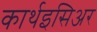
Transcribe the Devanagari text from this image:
कार्थइसिअर